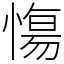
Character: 慯